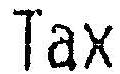
TAX